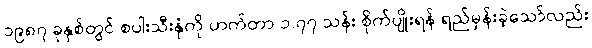
၁၉၈၇ ခုနှစ်တွင် စပါးသီးနှံကို ဟက်တာ ၁.၇၇ သန်း စိုက်ပျိုးရန် ရည်မှန်းခဲ့သော်လည်း